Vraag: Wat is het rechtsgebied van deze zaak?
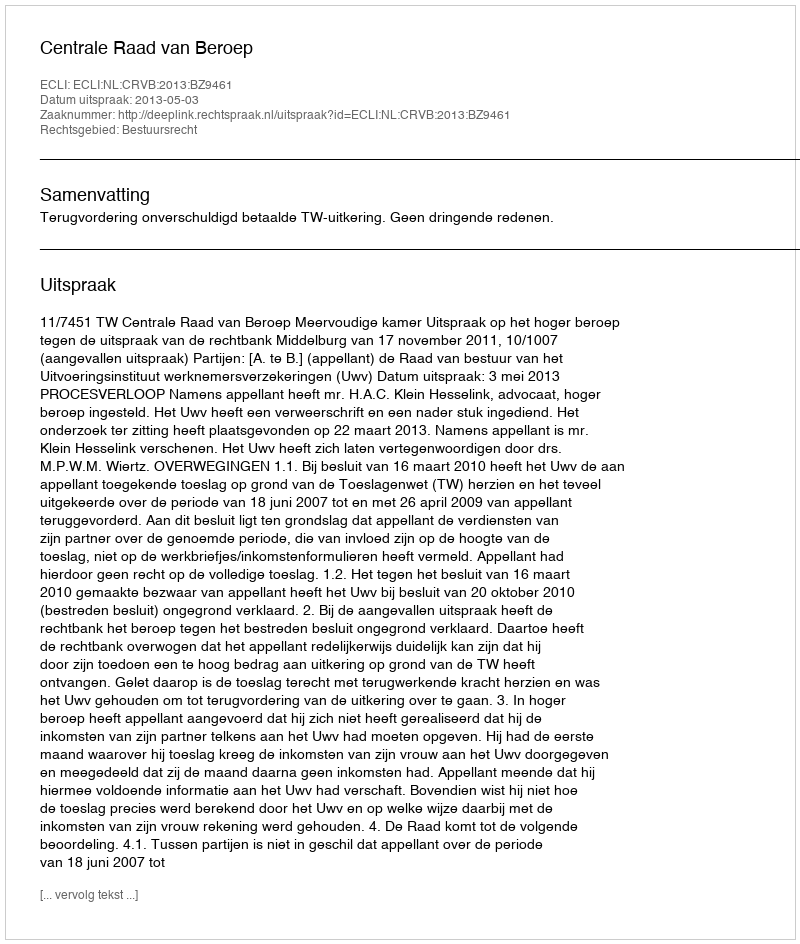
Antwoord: Bestuursrecht